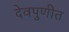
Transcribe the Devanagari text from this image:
देवपुणीत